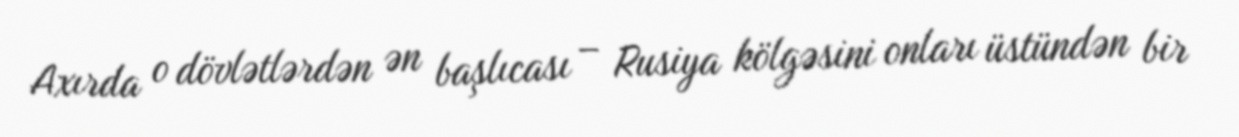
Axırda o dövlətlərdən ən başlıcası – Rusiya kölgəsini onları üstündən bir